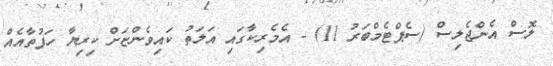
ލޮސް އެންޖެލިސް (ސެޕްޓެމްބަރު 11) - އެމެރިކާގައި އަލަތު ކައިވެންޏަށް ކިރިޔާ ހަފުތާއެއް